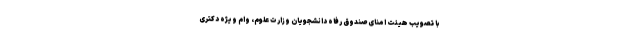
با تصویب هیئت امنای صندوق رفاه دانشجویان وزارت علوم، وام ویژه دکتری